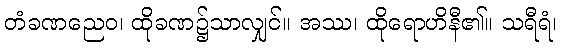
တံခဏညေဝ၊ ထိုခဏ၌သာလျှင်။ အဿ၊ ထိုရောဟိနီ၏။ သရီရံ၊